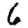
Digit: 6